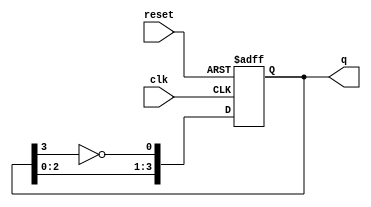
module modified_johnson_counter #(parameter N = 4) (
    input wire clk,           // Clock input
    input wire reset,         // Asynchronous reset
    output reg [N-1:0] q      // Counter output
);

    // Sequential logic for Modified Johnson Counter
    always @(posedge clk or posedge reset) begin
        if (reset) begin
            // Asynchronous reset to known state
            q <= 0;
        end else begin
            // Shift the states and apply inverted feedback
            q <= {q[N-2:0], ~q[N-1]};
        end
    end

endmodule